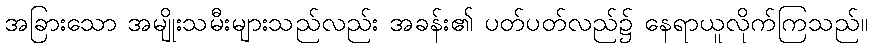
အခြားသော အမျိုးသမီးများသည်လည်း အခန်း၏ ပတ်ပတ်လည်၌ နေရာယူလိုက်ကြသည်။